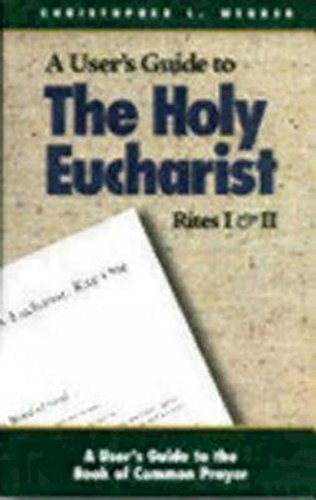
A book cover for The Holy Eucharist: Rites I & II (A User's Guide to the Book of Common Prayer); Christopher Webber; Christian Books & Bibles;